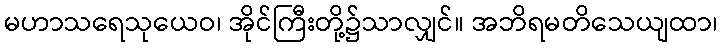
မဟာသရေသုယေဝ၊ အိုင်ကြီးတို့၌သာလျှင်။ အဘိရမတိသေယျထာ၊